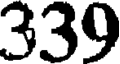
339